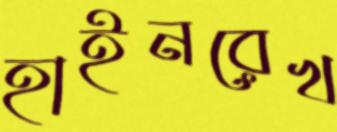
হাইনরেখ